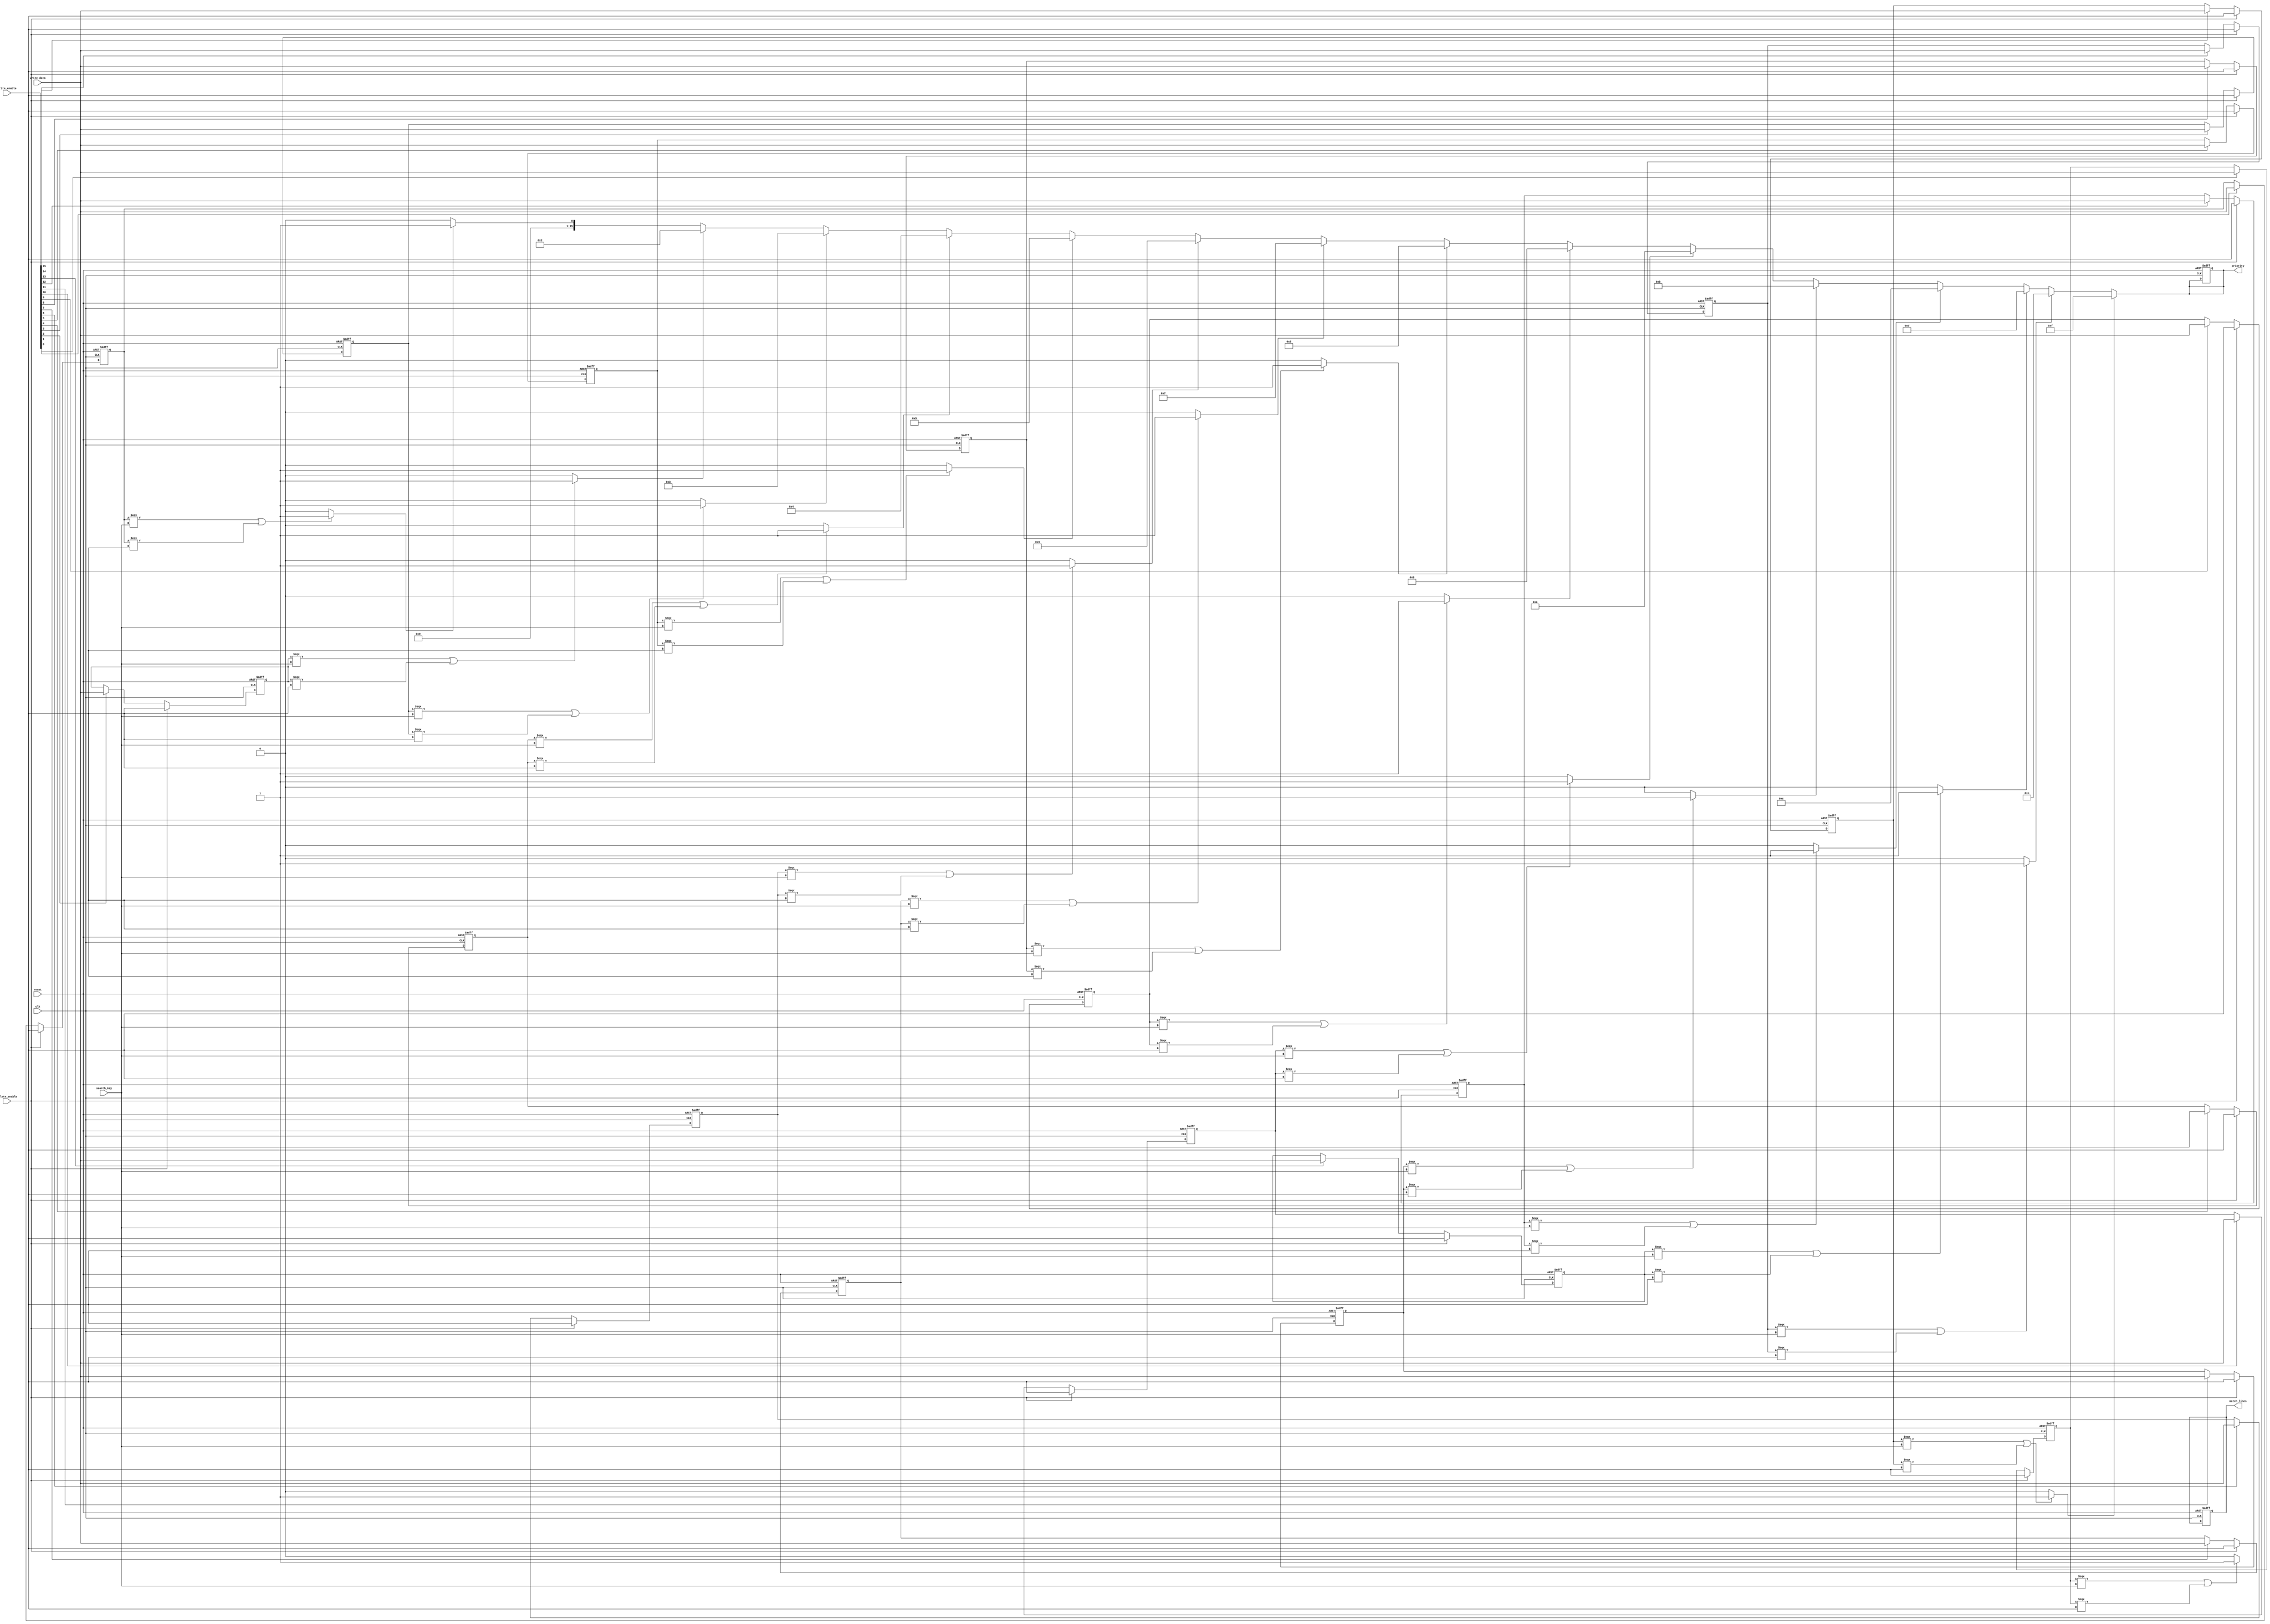
module tcam #(
    parameter NUM_ENTRIES = 16,  // Number of TCAM entries
    parameter ENTRY_WIDTH = 8     // Width of each entry (in bits)
)(
    input wire clk,
    input wire reset,
    input wire [ENTRY_WIDTH-1:0] search_key, // Search key input
    input wire [ENTRY_WIDTH-1:0] write_data, // Data to write
    input wire [NUM_ENTRIES-1:0] write_enable, // Write enable for each entry
    input wire delete_enable, // Enable for deletion
    output reg [NUM_ENTRIES-1:0] match_lines, // Match lines output
    output reg [NUM_ENTRIES-1:0] priority // Priority output (for simplicity, just the index)
);

    // Memory array to store TCAM entries
    reg [ENTRY_WIDTH-1:0] tcam_memory [0:NUM_ENTRIES-1];

    // Internal signals for matching
    reg [NUM_ENTRIES-1:0] match_temp;
    integer i;

    // Write logic
    always @(posedge clk or posedge reset) begin
        if (reset) begin
            // Reset the TCAM memory
            for (i = 0; i < NUM_ENTRIES; i = i + 1) begin
                tcam_memory[i] <= {ENTRY_WIDTH{1'bx}}; // Initialize to all Xs
            end
            match_lines <= 0;
            priority <= 0;
        end else begin
            // Write new entries
            for (i = 0; i < NUM_ENTRIES; i = i + 1) begin
                if (write_enable[i]) begin
                    tcam_memory[i] <= write_data; // Write data to TCAM
                end
                if (delete_enable) begin
                    tcam_memory[i] <= {ENTRY_WIDTH{1'bx}}; // Delete entry (set to all Xs)
                end
            end
        end
    end

    // Search logic
    always @(*) begin
        match_temp = 0; // Clear match temporary register
        for (i = 0; i < NUM_ENTRIES; i = i + 1) begin
            // Check for matches
            if (tcam_memory[i] === search_key || tcam_memory[i] === {ENTRY_WIDTH{1'bx}}) begin
                match_temp[i] = 1'b1; // Match found
            end
        end
        match_lines = match_temp; // Update match lines
    end

    // Priority encoder (simple implementation)
    always @(*) begin
        priority = 0; // Default priority
        for (i = 0; i < NUM_ENTRIES; i = i + 1) begin
            if (match_temp[i]) begin
                priority = i; // Set priority to the highest matching entry
            end
        end
    end

endmodule